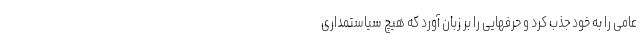
عامی را به خود جذب کرد و حرفهایی را بر زبان آورد که هیچ سیاستمداری